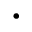
\cdot